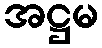
အဋ္ဌမ